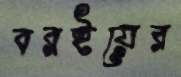
বরইয়ের